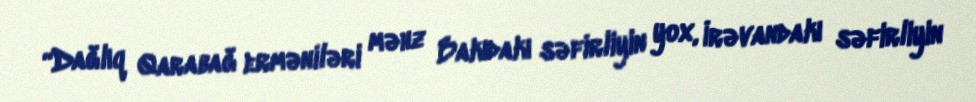
“Dağlıq Qarabağ erməniləri məhz Bakıdakı səfirliyin yox, İrəvandakı səfirliyin